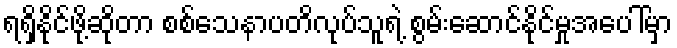
ရရှိနိုင်ဖို့ဆိုတာ စစ်သေနာပတိလုပ်သူရဲ့ စွမ်းဆောင်နိုင်မှုအပေါ်မှာ